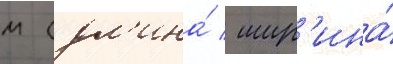
м (дл'ина́ / шир'ина́